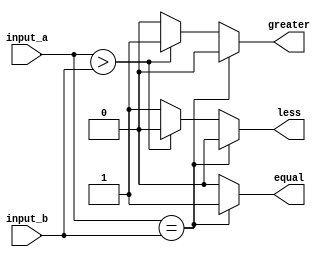
module parameterized_comparator #(parameter N = 8) (
    input  [N-1:0] input_a,   // First input
    input  [N-1:0] input_b,   // Second input
    output reg equal,          // Output: equal signal
    output reg greater,        // Output: greater signal
    output reg less            // Output: less signal
);

    // Always block to compare inputs
    always @(input_a, input_b) begin
        // Default output values
        equal = 1'b0;
        greater = 1'b0;
        less = 1'b0;

        // Compare the inputs
        if (input_a == input_b) begin
            equal = 1'b1;
        end else if (input_a > input_b) begin
            greater = 1'b1;
        end else begin
            less = 1'b1;
        end
    end

endmodule